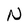
Character: N